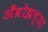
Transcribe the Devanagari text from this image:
अँब्रोझच्या